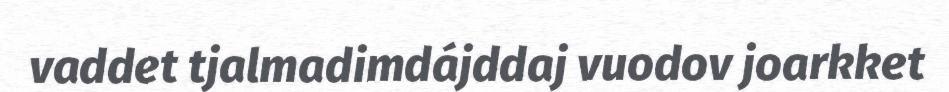
vaddet tjalmadimdájddaj vuodov joarkket